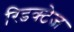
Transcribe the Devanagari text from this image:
रिडक्टेज